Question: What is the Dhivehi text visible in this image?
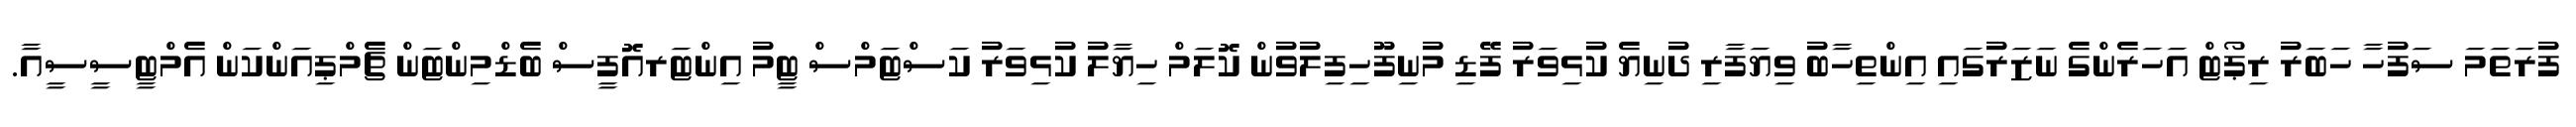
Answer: ފުރަތަމަ ސަފުހާ ހަބަރު ރިޕޯޓް އަހަރެންގެ ނަޒަރުގައި އިންތިހާބު ވިޔަފާރި ދުނިޔެ ކުޅިވަރު ފޭޑި މުނިފޫހިފިލުވުން ކޮލަމް ހިޔާލު ކުޅިވަރު ކަސްޓަމްސް ޓީމު އިންޓަރއޮފީސް ބެޑްމިންޓަން ޗެމްޕިއަންކަން އެމްޓީސީސީއާ.